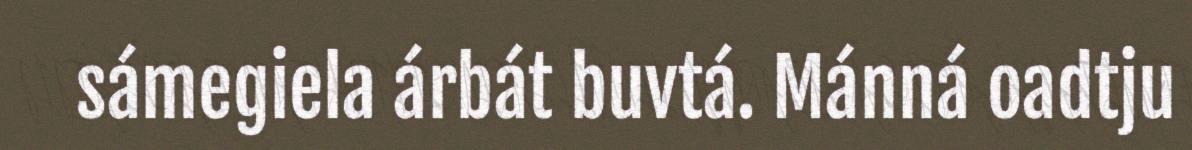
sámegiela árbát buvtá. Mánná oadtju